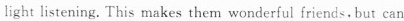
light listeaing. This makes them wonderful friends. But can